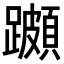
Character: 𨆵